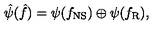
\hat { \psi } ( \hat { f } ) = \psi ( f _ { \mathrm { N S } } ) \oplus \psi ( f _ { \mathrm { R } } ) ,